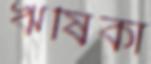
ঋষিকা